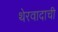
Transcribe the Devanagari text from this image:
थेरवादाची